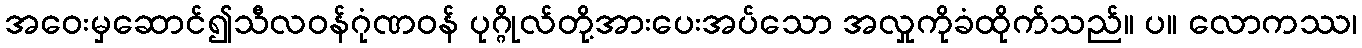
အဝေးမှဆောင်၍သီလဝန်ဂုံဏဝန် ပုဂ္ဂိုလ်တို့အားပေးအပ်သော အလှုကိုခံထိုက်သည်။ ပ။ လောကဿ၊